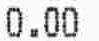
0.00